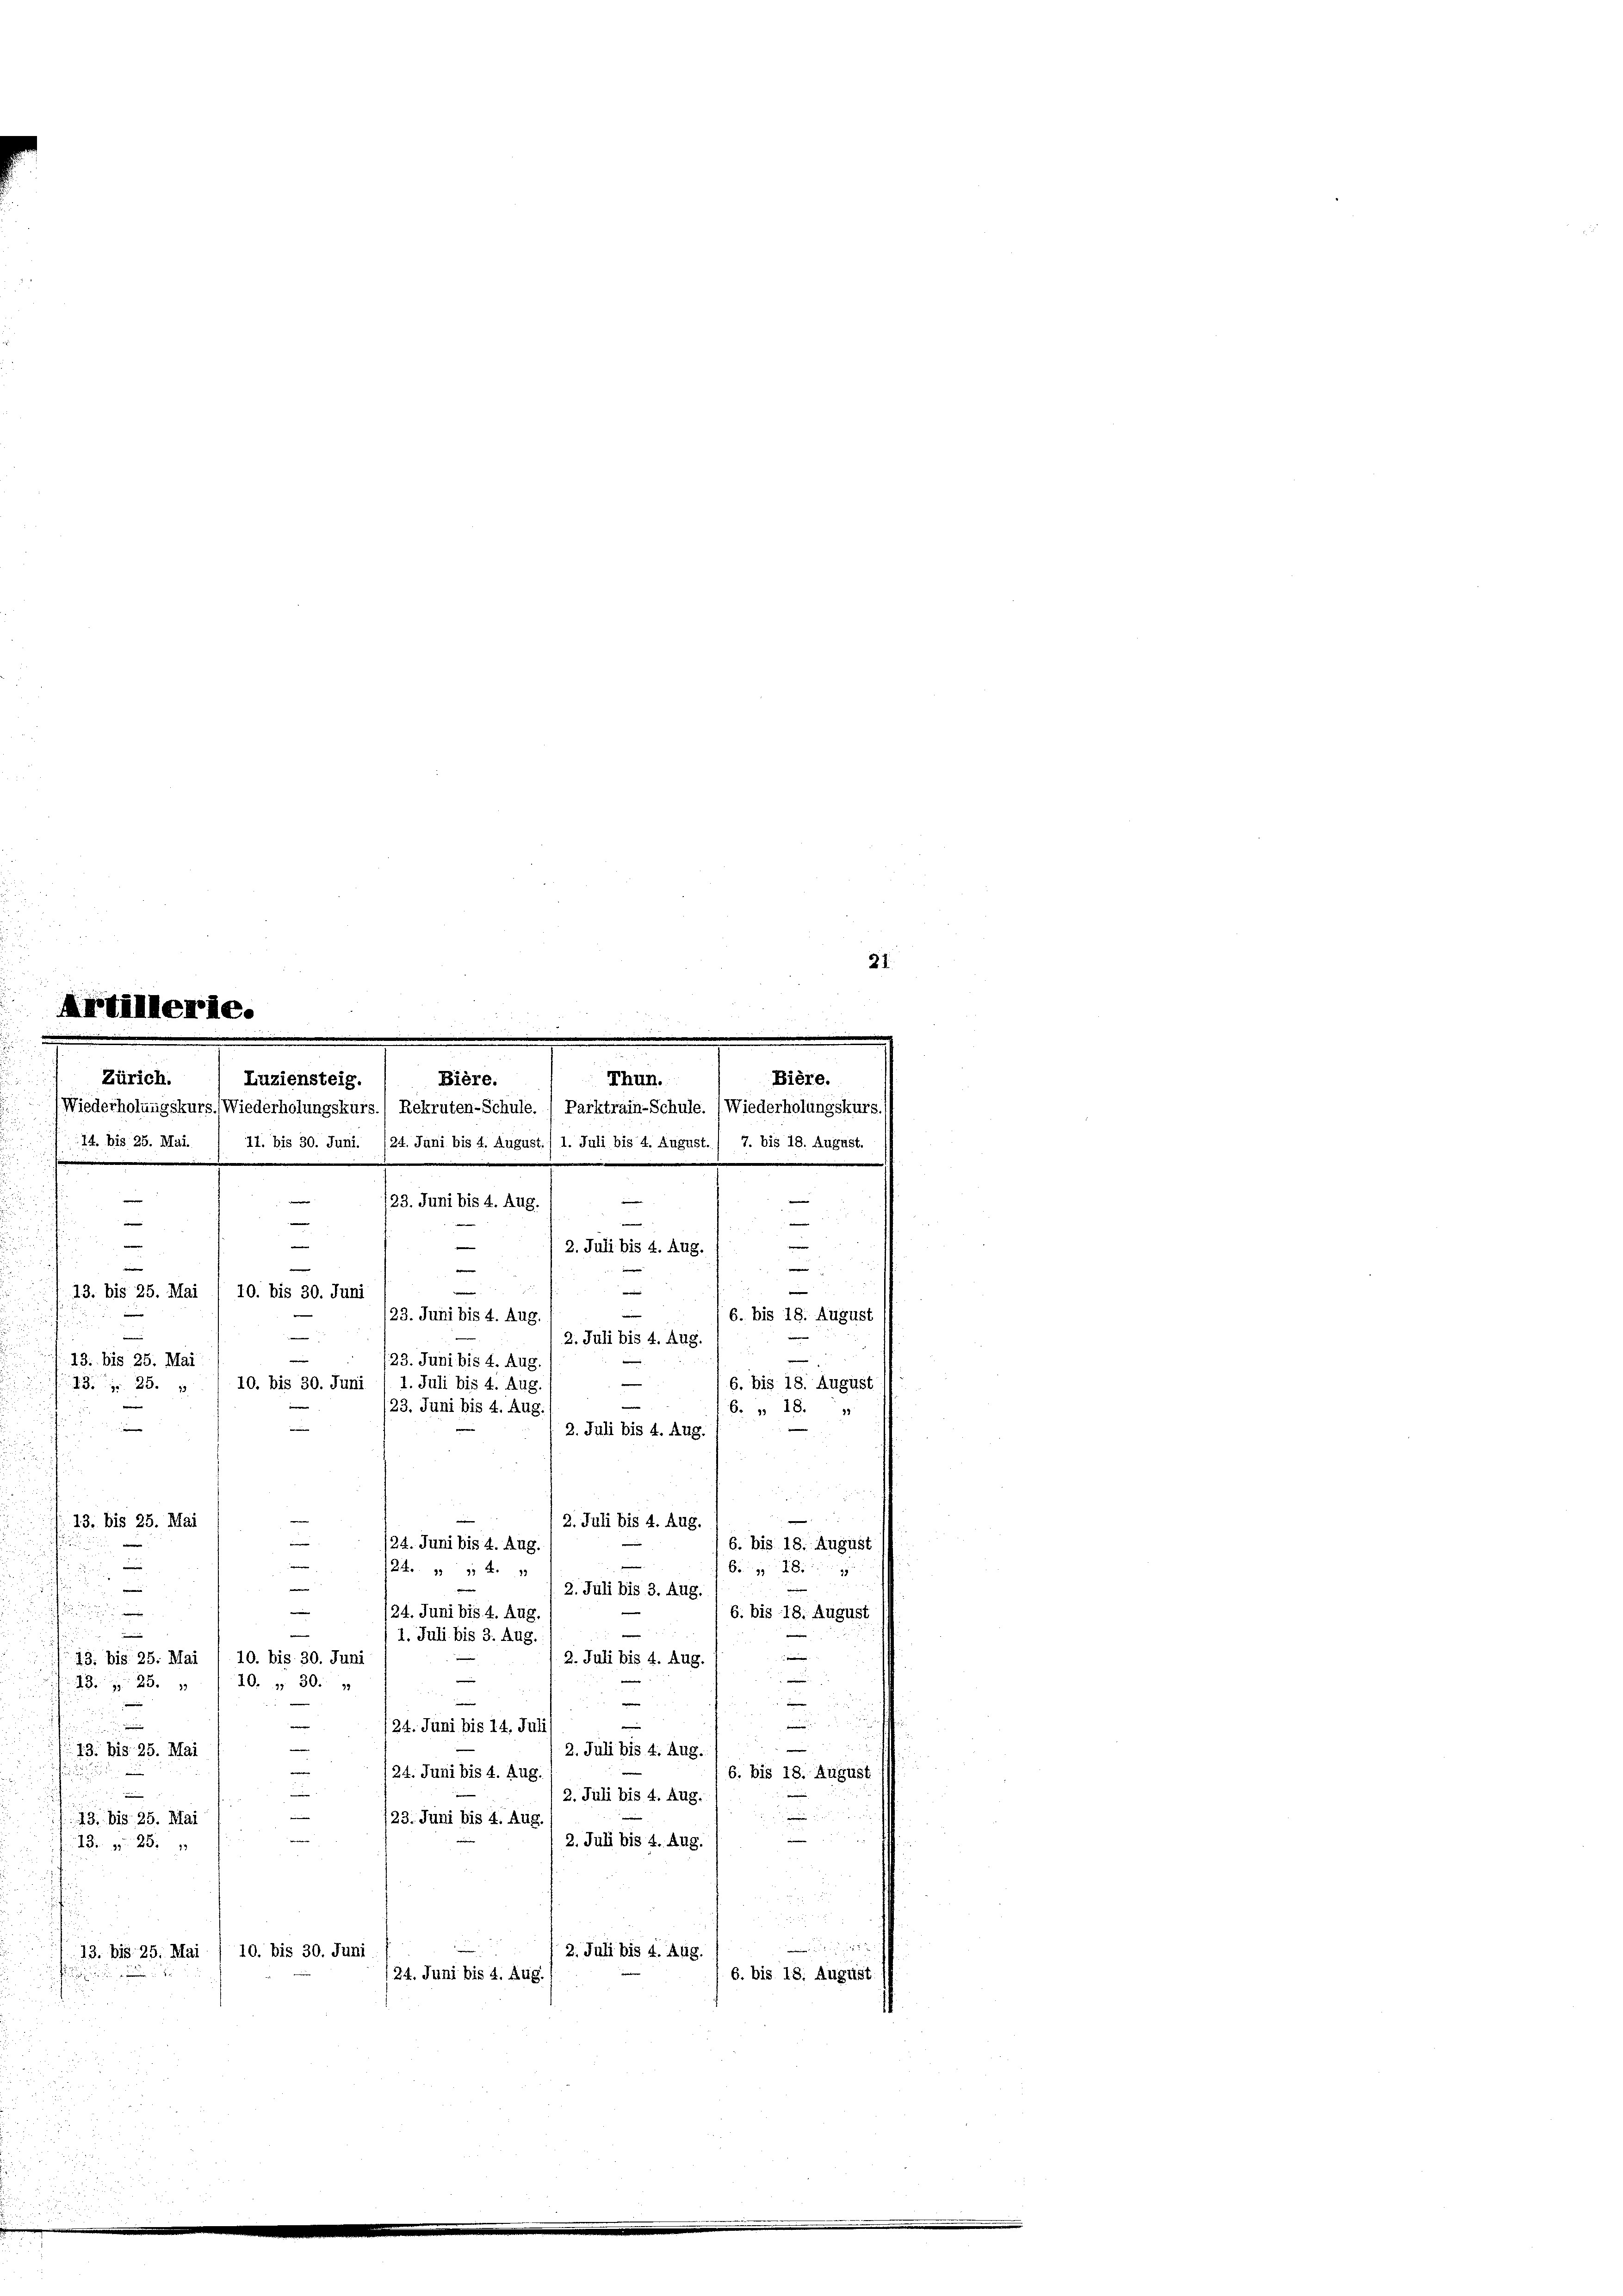
o

Bière.
Luziensteig.
Wiederholungskurs. Wiederholungskurs.) Rekruten-Schule. ) Parktrain-Schule. (Wiederholungskurs.

28 x

5

Zürich.
Thun.
14. bis 25. Mai / 11. bis 30. Juni. (24. Juni bis 4. August.) 1. Juli bis 4. August. ( 7. bis 18. August.
—
23. Juni bis 4. Aug.
e
e
—
2. Juli bis 4. Aug.
d
e
e
u
e
|
13. bis 25. Mai
10. bis 30. Juni
6. bis 18. August
23. Juni bis 4. Aug.
—
2. Juli bis 4. Aug.
e
e
13. bis 25. Mai
/23. Juni bis 4. Aug.
e
6. bis 18. August
10. bis 30. Juni
1. Juli bis 4. Aug.
13 r. 25. 2
e
/23. Juni bis 4. Aug
6. » 18.
e
e
3. Juli bis 4. Aug.
d
13. bis 25. Mai
2. Juli bis 4. Aug.
e
/24. Juni bis 4. Aug.
6. bis 18. August
i

So
24. 94. 1
e
e
2. Juli bis 3. Aug.
e

/24. Juni bis 4. Aug.
6. bis 18. August
—
11. Juli bis 3. Aug.
e
10. bis 30. Juni
.
13. bis 25. Mai
2. Juli bis 4. Aug.
d.

e
10. „ 30.
2 25 x

u
.

5
n
24. Juni bis 14. Juli
2
e
2. Juli bis 4. Aug.
13. bis 25. Mai
24. Juni bis 4. Aug
6. bis 18. August
2. Juli bis 4. Aug.

/23. Juni bis 4. Aug.
13. bis 25. Mai
—
2. Juli bis 4. Aug.
13. 25.
.
2. Juli bis 4. Aug.
13. bis 25. Mai / 10. bis 30. Juni
/24. Juni bis 4. Aug.
6. bis 18. August.
i

Bière.

e

21.